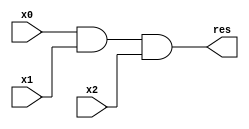
`timescale 1ns / 1ps


module and_impl(
input x0,
input x1,
input x2,
output res
    );
    wire not_x0, not_x1,not_x2, not_and_x0_x1, and_x0_x1, not_x0_x1_x2;
    nand(not_x0,x0,x0);
    nand(not_x1,x1,x1);
    nand(not_x2,x2,x2);
    
    nand(not_and_x0_x1,x0,x1);
    nand(and_x0_x1,not_and_x0_x1, not_and_x0_x1);
    nand(not_x0_x1_x2, and_x0_x1,x2);
    nand(res, not_x0_x1_x2, not_x0_x1_x2);
    
    
    
    
endmodule